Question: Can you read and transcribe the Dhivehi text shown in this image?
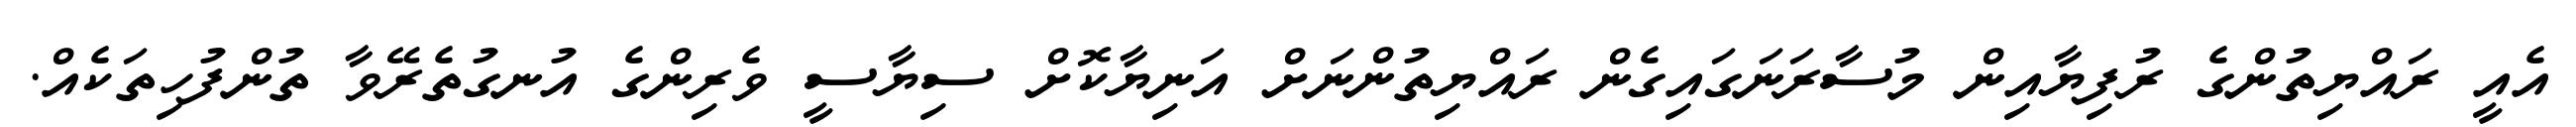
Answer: އެއީ ރައްޔިތުންގެ ރުފިޔާއިން މުސާރަނަގައިގެން ރައްޔިތުންނަށް އަނިޔާކޮށް ސިޔާސީ ވެރިންގެ އުނގުތެރޭވާ ތުންފުހިތަކެއް.